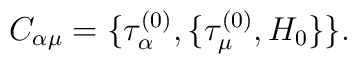
C_{\alpha\mu}=\{\tau_\alpha ^{(0)} , \{\tau_\mu ^{(0)} , H_0\}\}.